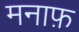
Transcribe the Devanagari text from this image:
मनाफ़